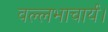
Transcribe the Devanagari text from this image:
वल्लभाचार्य।